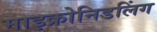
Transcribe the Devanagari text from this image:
माइक्रोनिडलिंग